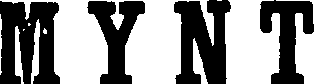
MYNT